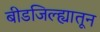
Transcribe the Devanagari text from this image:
बीडजिल्ह्यातून